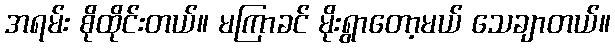
အရမ်း စိုထိုင်းတယ်။ မကြာခင် မိုးရွာတော့မယ် သေချာတယ်။